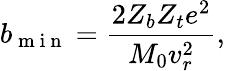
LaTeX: b_{\mathrm{~m~i~n~}}=\frac{2Z_{b}Z_{t}e^{2}}{M_{0}v_{r}^{2}},